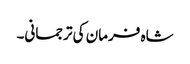
شاہ فرمان کی ترجمانی۔